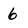
Character: 6